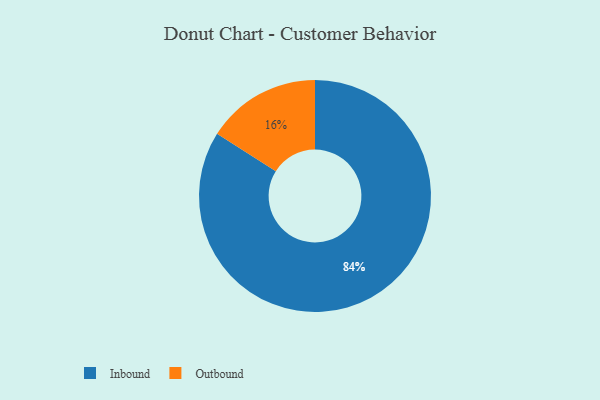
{"axis": {"x": "Category", "y": "Percentage"}, "legend": ["Inbound", "Outbound"], "data": [{"x": "Inbound", "y": 84, "type": "Inbound"}, {"x": "Outbound", "y": 16, "type": "Outbound"}]}